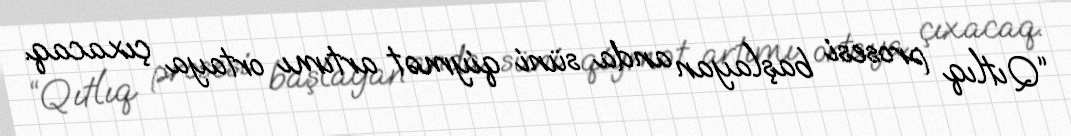
“Qıtlıq prosesi başlayan anda süni qiymət artımı ortaya çıxacaq.